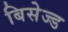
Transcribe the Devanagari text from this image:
बिसेज्ड